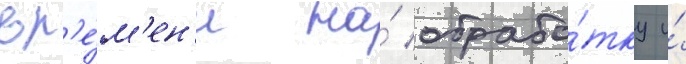
вр'е́м'ен'и на́ обрабо́тку и́